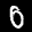
Label: 0